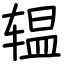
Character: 辒